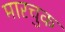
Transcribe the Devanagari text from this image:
मारचुक